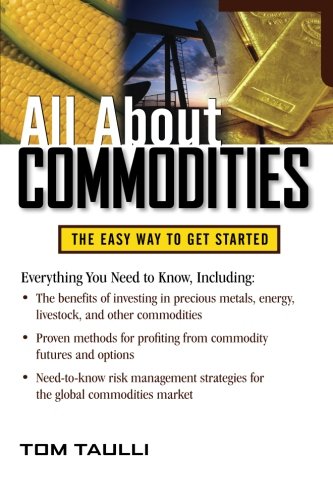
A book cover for All About Commodities (All About Series); Tom Taulli; Business & Money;